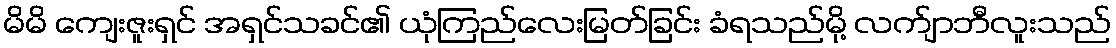
မိမိ ကျေးဇူးရှင် အရှင်သခင်၏ ယုံကြည်လေးမြတ်ခြင်း ခံရသည်မို့ လက်ျာဘီလူးသည်